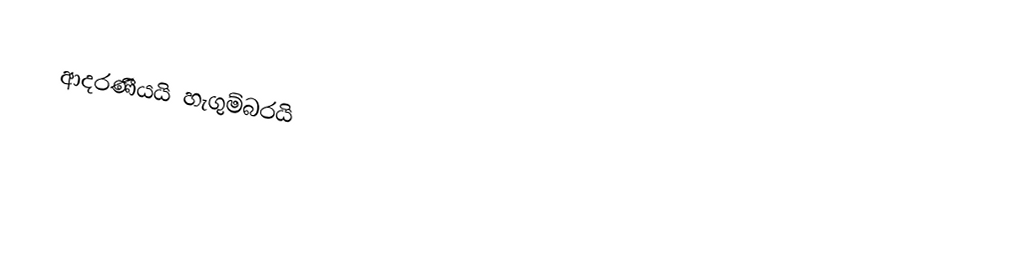
ආදරණීයයි හැගුම්බරයි